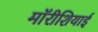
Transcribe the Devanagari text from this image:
मॉरीशियाई